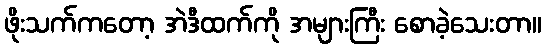
ဖိုးသက်ကတော့ အဲဒီထက်ကို အများကြီး စောခဲ့သေးတာ။